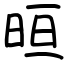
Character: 晅